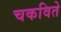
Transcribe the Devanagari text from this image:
चकविते